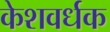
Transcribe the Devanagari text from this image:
केशवर्धक